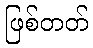
ဖြစ်တတ်